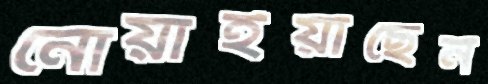
নোয়াইয়াছেন